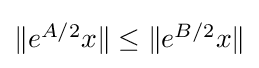
{\textstyle \|e^{A/2}x\|\leq \|e^{B/2}x\|}